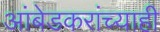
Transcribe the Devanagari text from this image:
आंबेडकरांच्याही